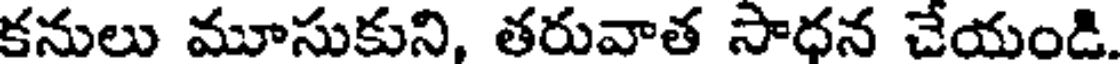
కనులు మూసుకుని, తరువాత సాధన చేయండి.